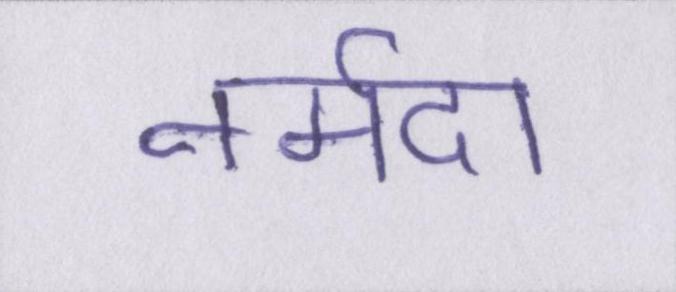
नर्मदा